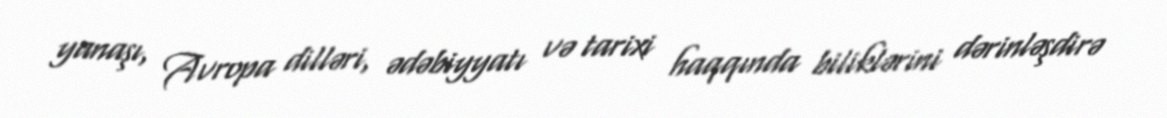
yanaşı, Avropa dilləri, ədəbiyyatı və tarixi haqqında biliklərini dərinləşdirə